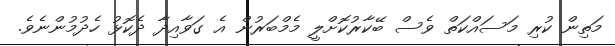
މަތިން ކުރި މަސައްކަތް ވެސް ބޭކާރުކޮށްލީ މެމްބަރުން އެ ގަވާއިދާ ދެކޮޅު ހެދުމުންނެވެ.